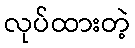
လုပ်ထားတဲ့